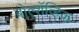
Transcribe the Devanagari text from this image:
बोल्शॅव्हिक